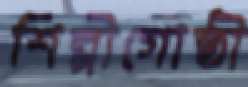
শিল্পীগোষ্ঠী